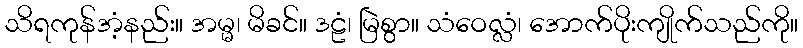
သိရကုန်အံ့နည်း။ အမ္မ၊ မိခင်။ ဒဠံ၊ မြဲစွာ။ သံဝေလ္လံ၊ အောက်ပိုးကျိုက်သည်ကို။